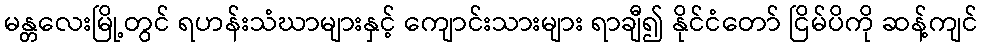
မန္တလေးမြို့တွင် ရဟန်းသံဃာများနှင့် ကျောင်းသားများ ရာချီ၍ နိုင်ငံတော် ငြိမ်ပိကို ဆန့်ကျင်